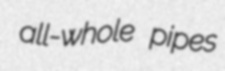
all-whole pipes